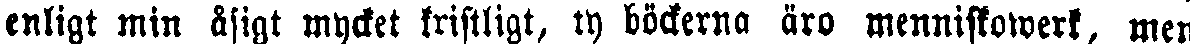
enligt min äsigt mycket kristligt, ty böckerna äro menniskowerk, men